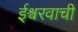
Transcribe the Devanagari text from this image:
ईश्वरवाची